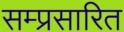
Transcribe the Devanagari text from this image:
सम्प्रसारित